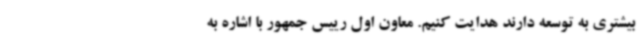
بیشتری به توسعه دارند هدایت کنیم. معاون اول رییس جمهور با اشاره به